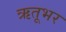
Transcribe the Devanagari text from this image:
ऋतूभर